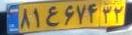
۸۱ع۶۷۴۳۲